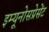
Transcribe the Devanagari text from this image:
इम्यूनोसप्रेसेंट